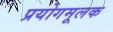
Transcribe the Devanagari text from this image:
प्रयोगमूलक